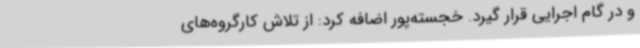
و در گام اجرایی قرار گیرد. خجسته‌پور اضافه کرد: از تلاش‌ کارگروه‌های